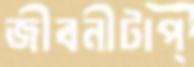
জীবনীটাপ্